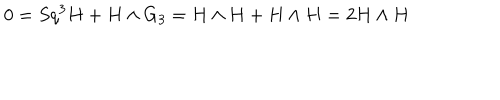
0 = S q ^ { 3 } H + H \wedge G _ { 3 } = H \wedge H + H \wedge H = 2 H \wedge H